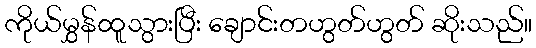
ကိုယ်မွှန်ထူသွားပြီး ချောင်းတဟွတ်ဟွတ် ဆိုးသည်။